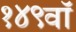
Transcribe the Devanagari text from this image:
१४९वॉ